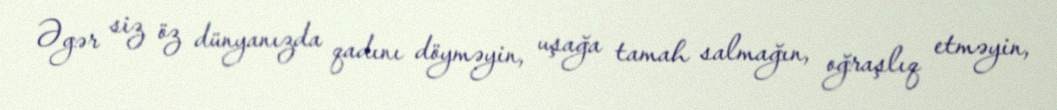
Əgər siz öz dünyanızda qadını döyməyin, uşağa tamah salmağın, oğraşlıq etməyin,